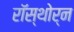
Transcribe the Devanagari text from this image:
रॉस्थोर्न